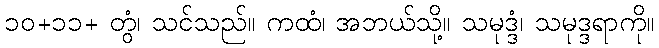
၁၀+၁၁+ တွံ၊ သင်သည်။ ကထံ၊ အဘယ်သို့။ သမုဒ္ဒံ၊ သမုဒ္ဒရာကို။